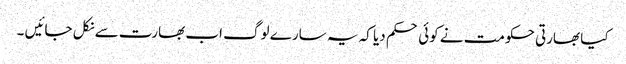
کیا بھارتی حکومت نے کوئی حکم دیا کہ یہ سارے لوگ اب بھارت سے نکل جائیں ۔